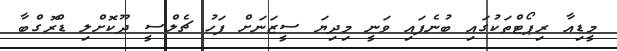
މީޑިއާ ރިޕޯޓްތަކުގައި ބުނެފައި ވަނީ މިދިޔަ ސީޒަނަށް ފަހު ޗެލްސީ ދޫކޮށްލި ޑްރޮގްބާ